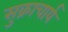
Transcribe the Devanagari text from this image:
सुक्राचार्य